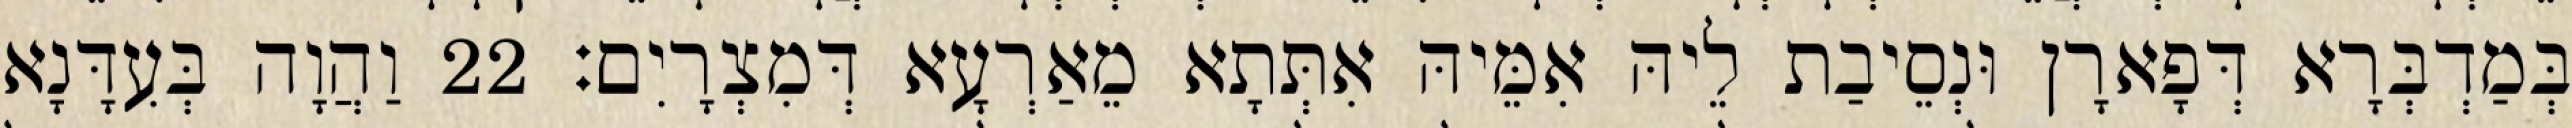
בְּמַדְבְּרָא דְּפָארָן וּנְסֵיבַת לֵיהּ אִמֵּיהּ אִתְּתָא מֵאַרְעָא דְּמִצְרָיִם׃ 22 וַהֲוָה בְּעִדָּנָא